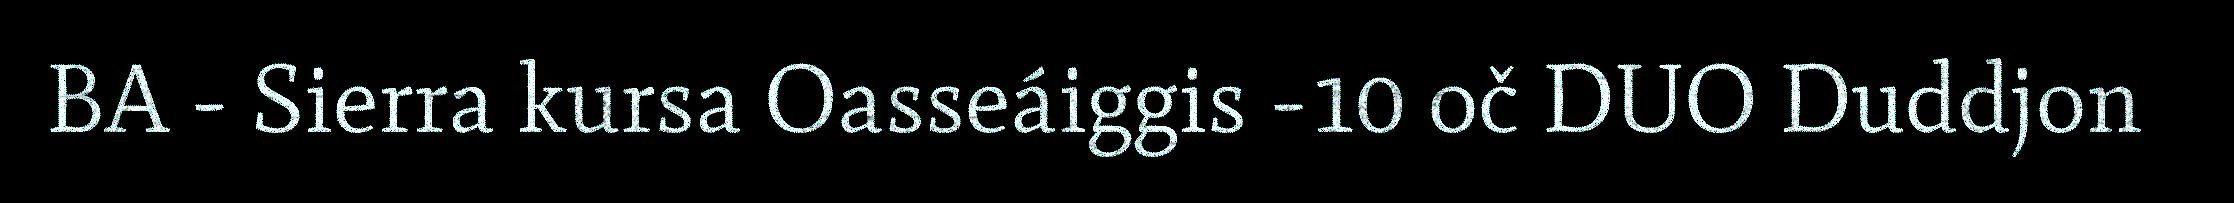
BA - Sierra kursa Oasseáiggis -10 oč DUO Duddjon